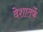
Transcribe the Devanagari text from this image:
देशातर्फे